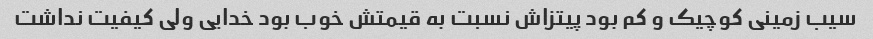
سیب زمینی کوچیک و کم بود پیتزاش نسبت به قیمتش خوب بود خدایی ولی کیفیت نداشت